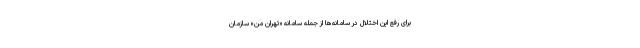
برای رفع این اختلال در سامانه‌ها از جمله سامانه «تهران من» سازمان